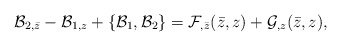
\begin{align*}{\cal B}_{2,\bar z} - {\cal B}_{1,z} + \{ {\cal B}_1,{\cal B}_2 \} ={\cal F}_{,\bar z}(\bar z,z) + {\cal G}_{,z} (\bar z,z),\end{align*}